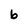
Character: b